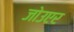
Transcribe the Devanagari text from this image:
जोउएर